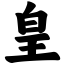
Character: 皇